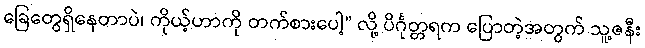
ခြေတွေရှိနေတာပဲ၊ ကိုယ့်ဟာကို တက်စားပေါ့” လို့ ပိင်္ဂုတ္တရက ပြောတဲ့အတွက် သူ့ဇနီး